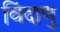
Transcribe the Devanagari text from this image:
विंदाणु